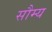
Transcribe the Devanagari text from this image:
सौम्‍य